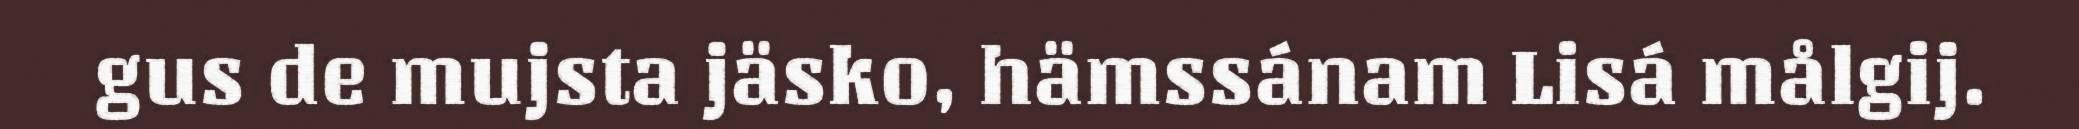
gus de mujsta jäsko, hämssánam Lisá målgij.